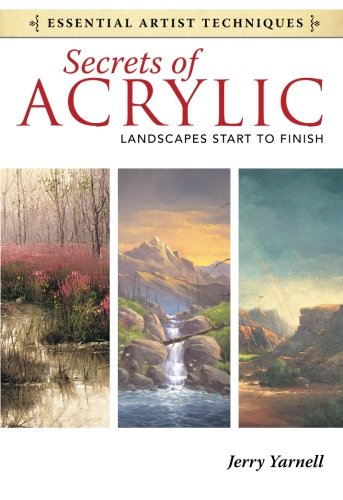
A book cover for Secrets of Acrylic - Landscapes Start to Finish (Essential Artist Techniques); Jerry Yarnell; Arts & Photography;